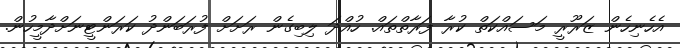
އެހެނިހެން ޒަރޫރީ މަސައްކަތް ކުރާ ފަރާތްތައް. ހުއްދަ ލިބިގެން ރަށަށް ފުރަބަންދު ކަރަންޓީނަށްދާމީހުން.